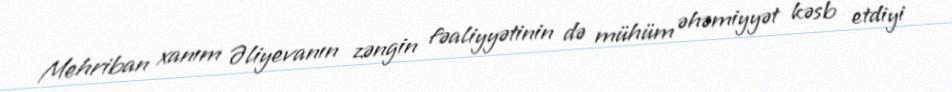
Mehriban xanım Əliyevanın zəngin fəaliyyətinin də mühüm əhəmiyyət kəsb etdiyi